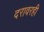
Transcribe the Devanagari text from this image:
दरावरही